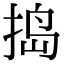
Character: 捣